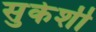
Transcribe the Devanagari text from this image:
सुकेशी